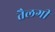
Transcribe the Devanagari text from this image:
तैलगी